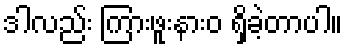
ဒါလည်း ကြားဖူးနားဝ ရှိခဲ့တာပါ။